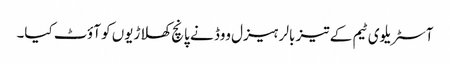
آسٹریلوی ٹیم کے تیز بالر ہیزل ووڈ نے پانچ کھلاڑیوں کو آؤٹ کیا۔